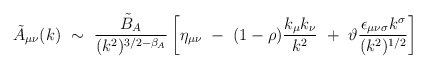
\begin{align*}\tilde{A}_{\mu\nu}(k) ~\sim~ \frac{\tilde{B}_A}{(k^2)^{3/2-\beta_A}}\left[ \eta_{\mu\nu} ~-~ (1-\rho)\frac{k_\mu k_\nu}{k^2} ~+~ \vartheta\frac{\epsilon_{\mu\nu\sigma}k^\sigma}{(k^2)^{1/2}} \right]\end{align*}